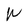
Character: W